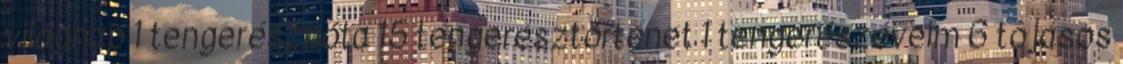
világnap 1 tengerésznóta 15 tengerésztörténet 1 tengerészéveim 6 tojásos